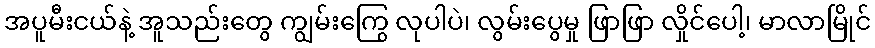
အပူမီးငယ်နဲ့ အူသည်းတွေ ကျွမ်းကြွေ လုပါပဲ၊ လွမ်းပွေမှု ဖြာဖြာ လှိုင်ပေါ့၊ မာလာမြိုင်